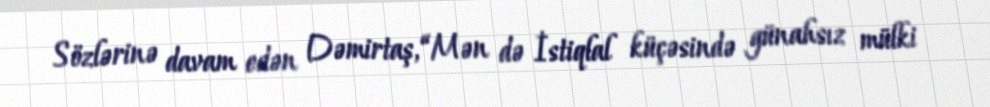
Sözlərinə davam edən Dəmirtaş, “Mən də İstiqlal küçəsində günahsız mülki